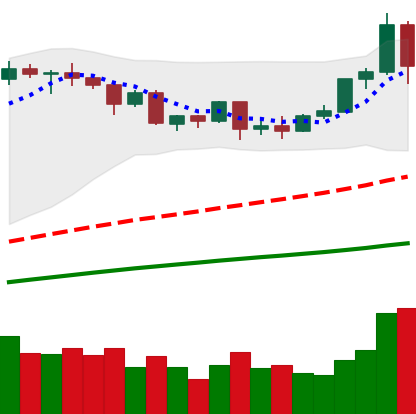
Ticker: ETH-USD
Chart end date: 2020-09-02
Forward return: -19.854%
Label: down_7plus